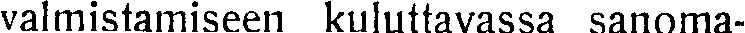
valmistamiseen kuluttavassa sanoma-